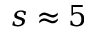
s \approx 5